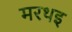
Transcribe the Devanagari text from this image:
मरथइ